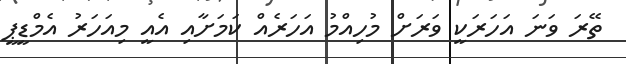
ތޭރަ ވަނަ އަހަރަކީ ވަރަށް މުހިއްމު އަހަރެއް ކަމަށާއި އެއީ މިއަހަރު އެމްޑީޕީ